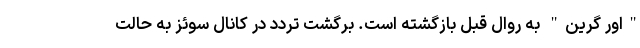
"اور گرین" به روال قبل بازگشته است. برگشت تردد در کانال سوئز به حالت